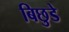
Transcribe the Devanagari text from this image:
बिछुडे